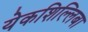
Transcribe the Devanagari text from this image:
येकशिल्लिबा